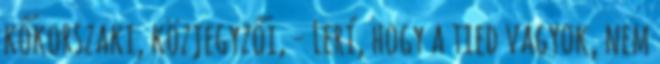
kőkorszaki, közjegyzői, - Lerí, hogy a tied vagyok, nem